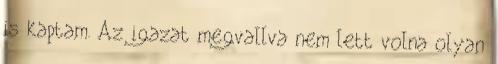
is kaptam. Az igazat megvallva nem lett volna olyan